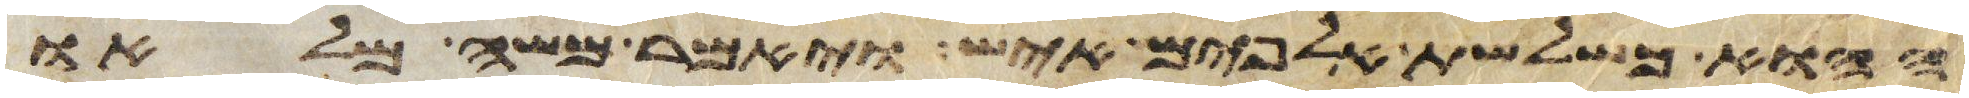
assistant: ההוא כשלשת אלפים איש ויאמר משה מלאו